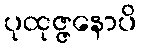
ပုထုဇ္ဇနောပိ